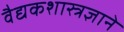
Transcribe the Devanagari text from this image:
वैद्यकशास्त्रज्ञाने